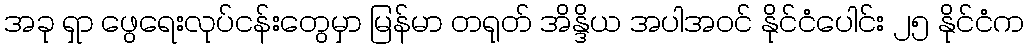
အခု ရှာ ဖွေရေးလုပ်ငန်းတွေမှာ မြန်မာ တရုတ် အိန္ဒိယ အပါအဝင် နိုင်ငံပေါင်း ၂၅ နိုင်ငံက